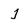
Character: j